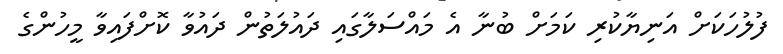
ފުލުހަކަށް އަނިޔާކުރި ކަމަށް ބުނާ އެ މައްސަލާގައި ދައުލަތުން ދައުވާ ކޮށްފައިވާ މީހުންގެ